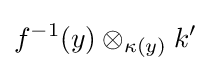
f^{-1}(y)\otimes _{\kappa (y)}k'